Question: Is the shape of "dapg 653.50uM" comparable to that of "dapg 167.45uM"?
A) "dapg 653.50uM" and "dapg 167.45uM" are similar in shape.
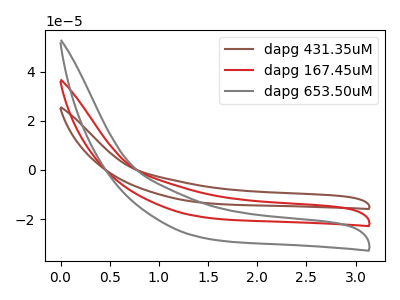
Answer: <think>The brown curve "dapg 431.35uM" has no peaks. The red curve "dapg 167.45uM" has no peaks. The gray curve "dapg 653.50uM" has no peaks.
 Neither "dapg 653.50uM" or "dapg 167.45uM" have any peaks.</think>
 <answer>A) "dapg 653.50uM" and "dapg 167.45uM" are similar in shape.</answer>
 <eval>A</eval>